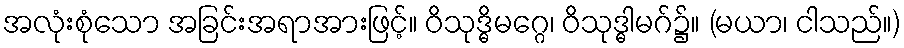
အလုံးစုံသော အခြင်းအရာအားဖြင့်။ ဝိသုဒ္ဓိမဂ္ဂေ၊ ဝိသုဒ္ဓါမဂ်၌။ (မယာ၊ ငါသည်။)